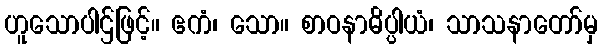
ဟူသောပါဌ်ဖြင့်။ ဧကံ၊ သော။ စာဝနာဓိပ္ပါယံ၊ သာသနာတော်မှ